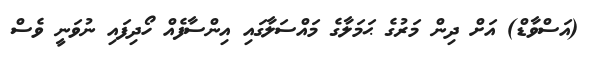
(އަސްވާޑް) އަށް ދިން މަރުގެ ޙަމަލާގެ މައްސަލާގައި އިންސާފެއް ހޯދިފައި ނުވަނީ ވެސް